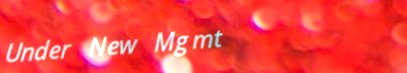
Under New Mgmt